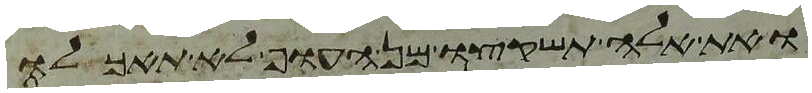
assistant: ואת אלה תשקצו מן העוף לא תאכלו